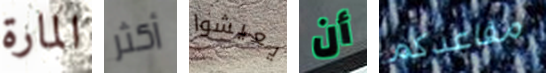
المارة أكثر يعيشوا أن مقاعدكم